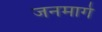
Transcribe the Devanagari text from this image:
जनमार्ग